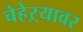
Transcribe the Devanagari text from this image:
चेहेऱ्यावर